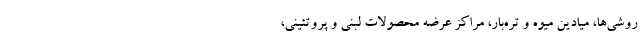
روشی‌ها، میادین میوه و تره‌بار، مراکز عرضه محصولات لبنی و پروتئینی،